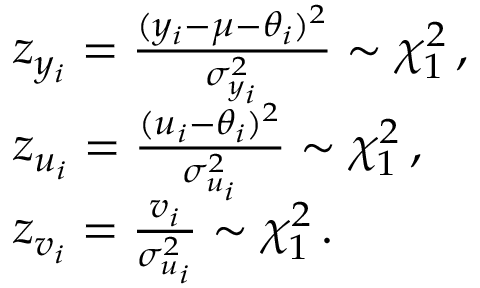
\begin{array} { r l } & { z _ { y _ { i } } = \frac { ( y _ { i } - \mu - \theta _ { i } ) ^ { 2 } } { \sigma _ { y _ { i } } ^ { 2 } } \sim \chi _ { 1 } ^ { 2 } \, , } \\ & { z _ { u _ { i } } = \frac { ( u _ { i } - \theta _ { i } ) ^ { 2 } } { \sigma _ { u _ { i } } ^ { 2 } } \sim \chi _ { 1 } ^ { 2 } \, , } \\ & { z _ { v _ { i } } = \frac { v _ { i } } { \sigma _ { u _ { i } } ^ { 2 } } \sim \chi _ { 1 } ^ { 2 } \, . } \end{array}